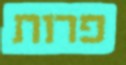
פרות